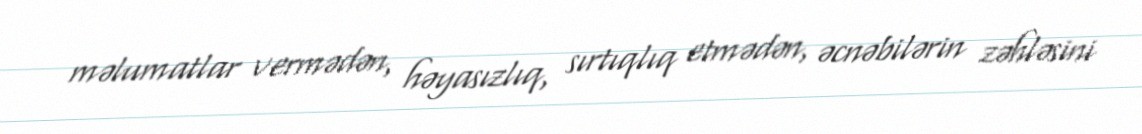
məlumatlar vermədən, həyasızlıq, sırtıqlıq etmədən, əcnəbilərin zəhləsini